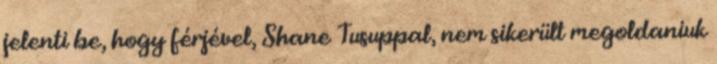
jelenti be, hogy férjével, Shane Tusuppal, nem sikerült megoldaniuk